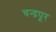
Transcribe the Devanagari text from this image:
चन्द्रपूर